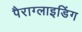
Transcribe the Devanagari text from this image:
पैराग्‍लाइडिंग